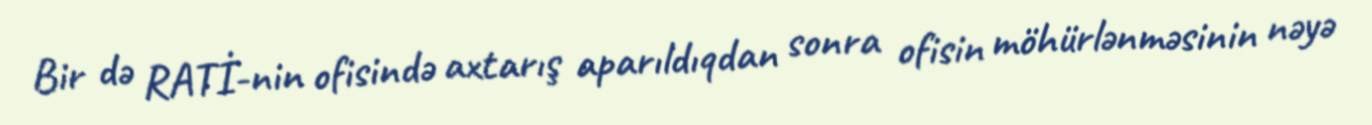
Bir də RATİ-nin ofisində axtarış aparıldıqdan sonra ofisin möhürlənməsinin nəyə